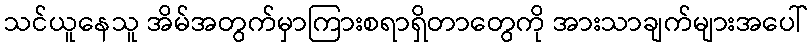
သင်ယူနေသူ အိမ်အတွက်မှာကြားစရာရှိတာတွေကို အားသာချက်များအပေါ်